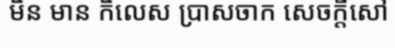
មិន មាន កិលេស ប្រាសចាក សេចក្តីសៅ